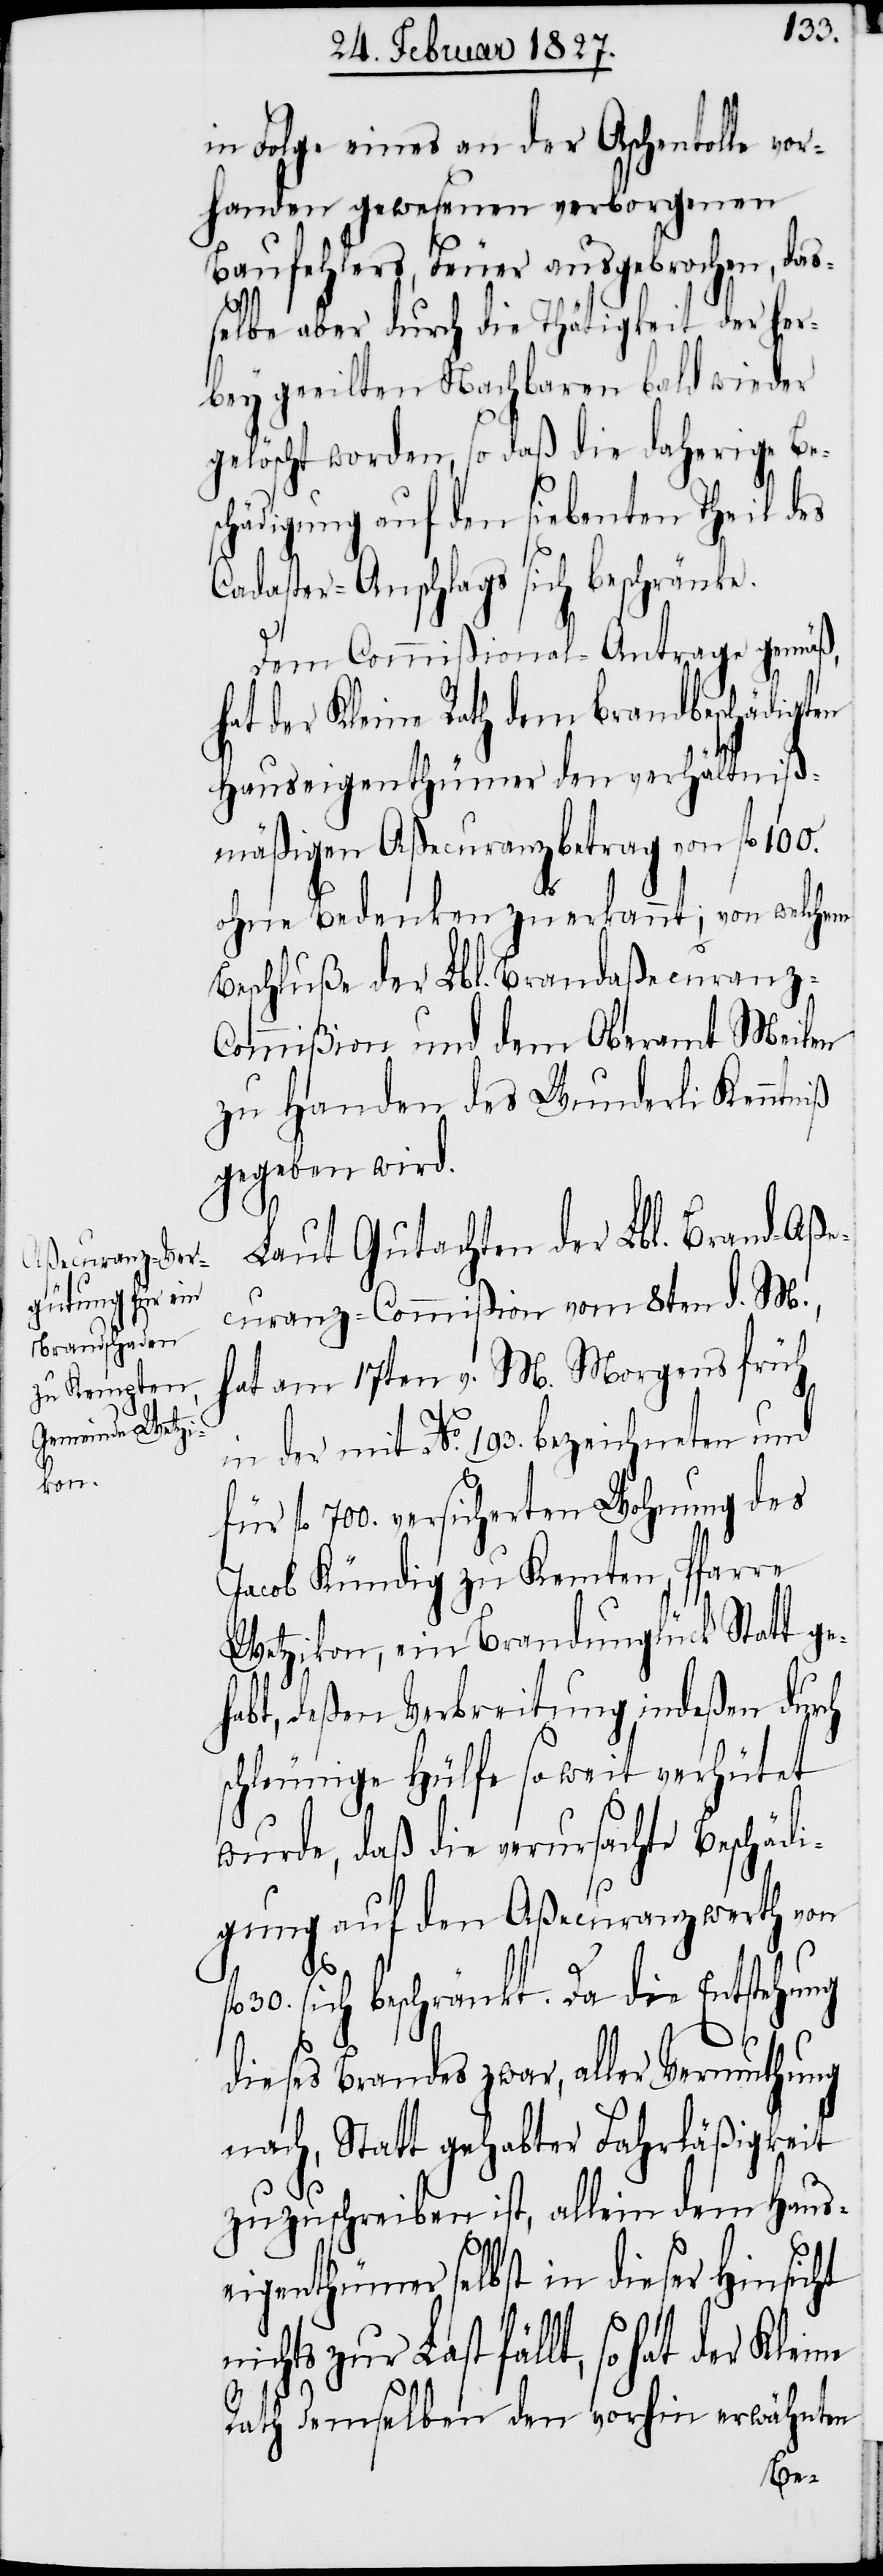
in Folge eines an der Aschentolle vor¬
handen gewesenen verborgenen
Baufehlers, Feuer ausgebrochen, das¬
selbe aber durch die Thätigkeit der her¬
bey geeilten Nachbaren bald wieder
gelöscht worden, so daß die daherige Bes¬
chädigung auf den siebenten Theil des
Cadaster-Anschlags sich beschränke.
Dem Commißional-Antrage gemäß,
hat der Kleine Rath dem brandbeschädigten
Hauseigenthümer den verhältniß¬
mäßigen Aßecuranzbetrag von fl. 100.
ohne Bedenken zuerkannt; von welchem
Beschluße der Lbl. Brandaßecuranz-C¬
ommißion und dem Oberamt Meilen
zu Handen des Wunderli Kenntniß
gegeben wird.
Laut Gutachten der Lbl. Brand-Aße¬
curanz-Commißion vom 8ten d. M.,
hat am 17ten v. M. Morgens früh
in der mit No. 193. bezeichneten und
für fl. 700. versicherten Wohnung des
Jacob Kündig zu Kemten, Pfarre
Wetzikon, ein Brandunglück Statt g¬
abt, deßen Verbreitung indeßen durch
schleunige Hülfe so weit verhütet
wurde, daß die verursachte Beschäd¬
igung auf den Aßecuranzwerth von
30. sich beschränkt. Da die Entstehung
dieses Brandes zwar, aller Vermuthung
nach, Statt gehabter Fahrläßigkeit
zuzuschreiben ist, allein dem Haus¬
eigenthümer selbst in dieser Hinsicht
nichts zur Last fällt, so hat der
Rath demselben den vorhin erwähnten
eh¬